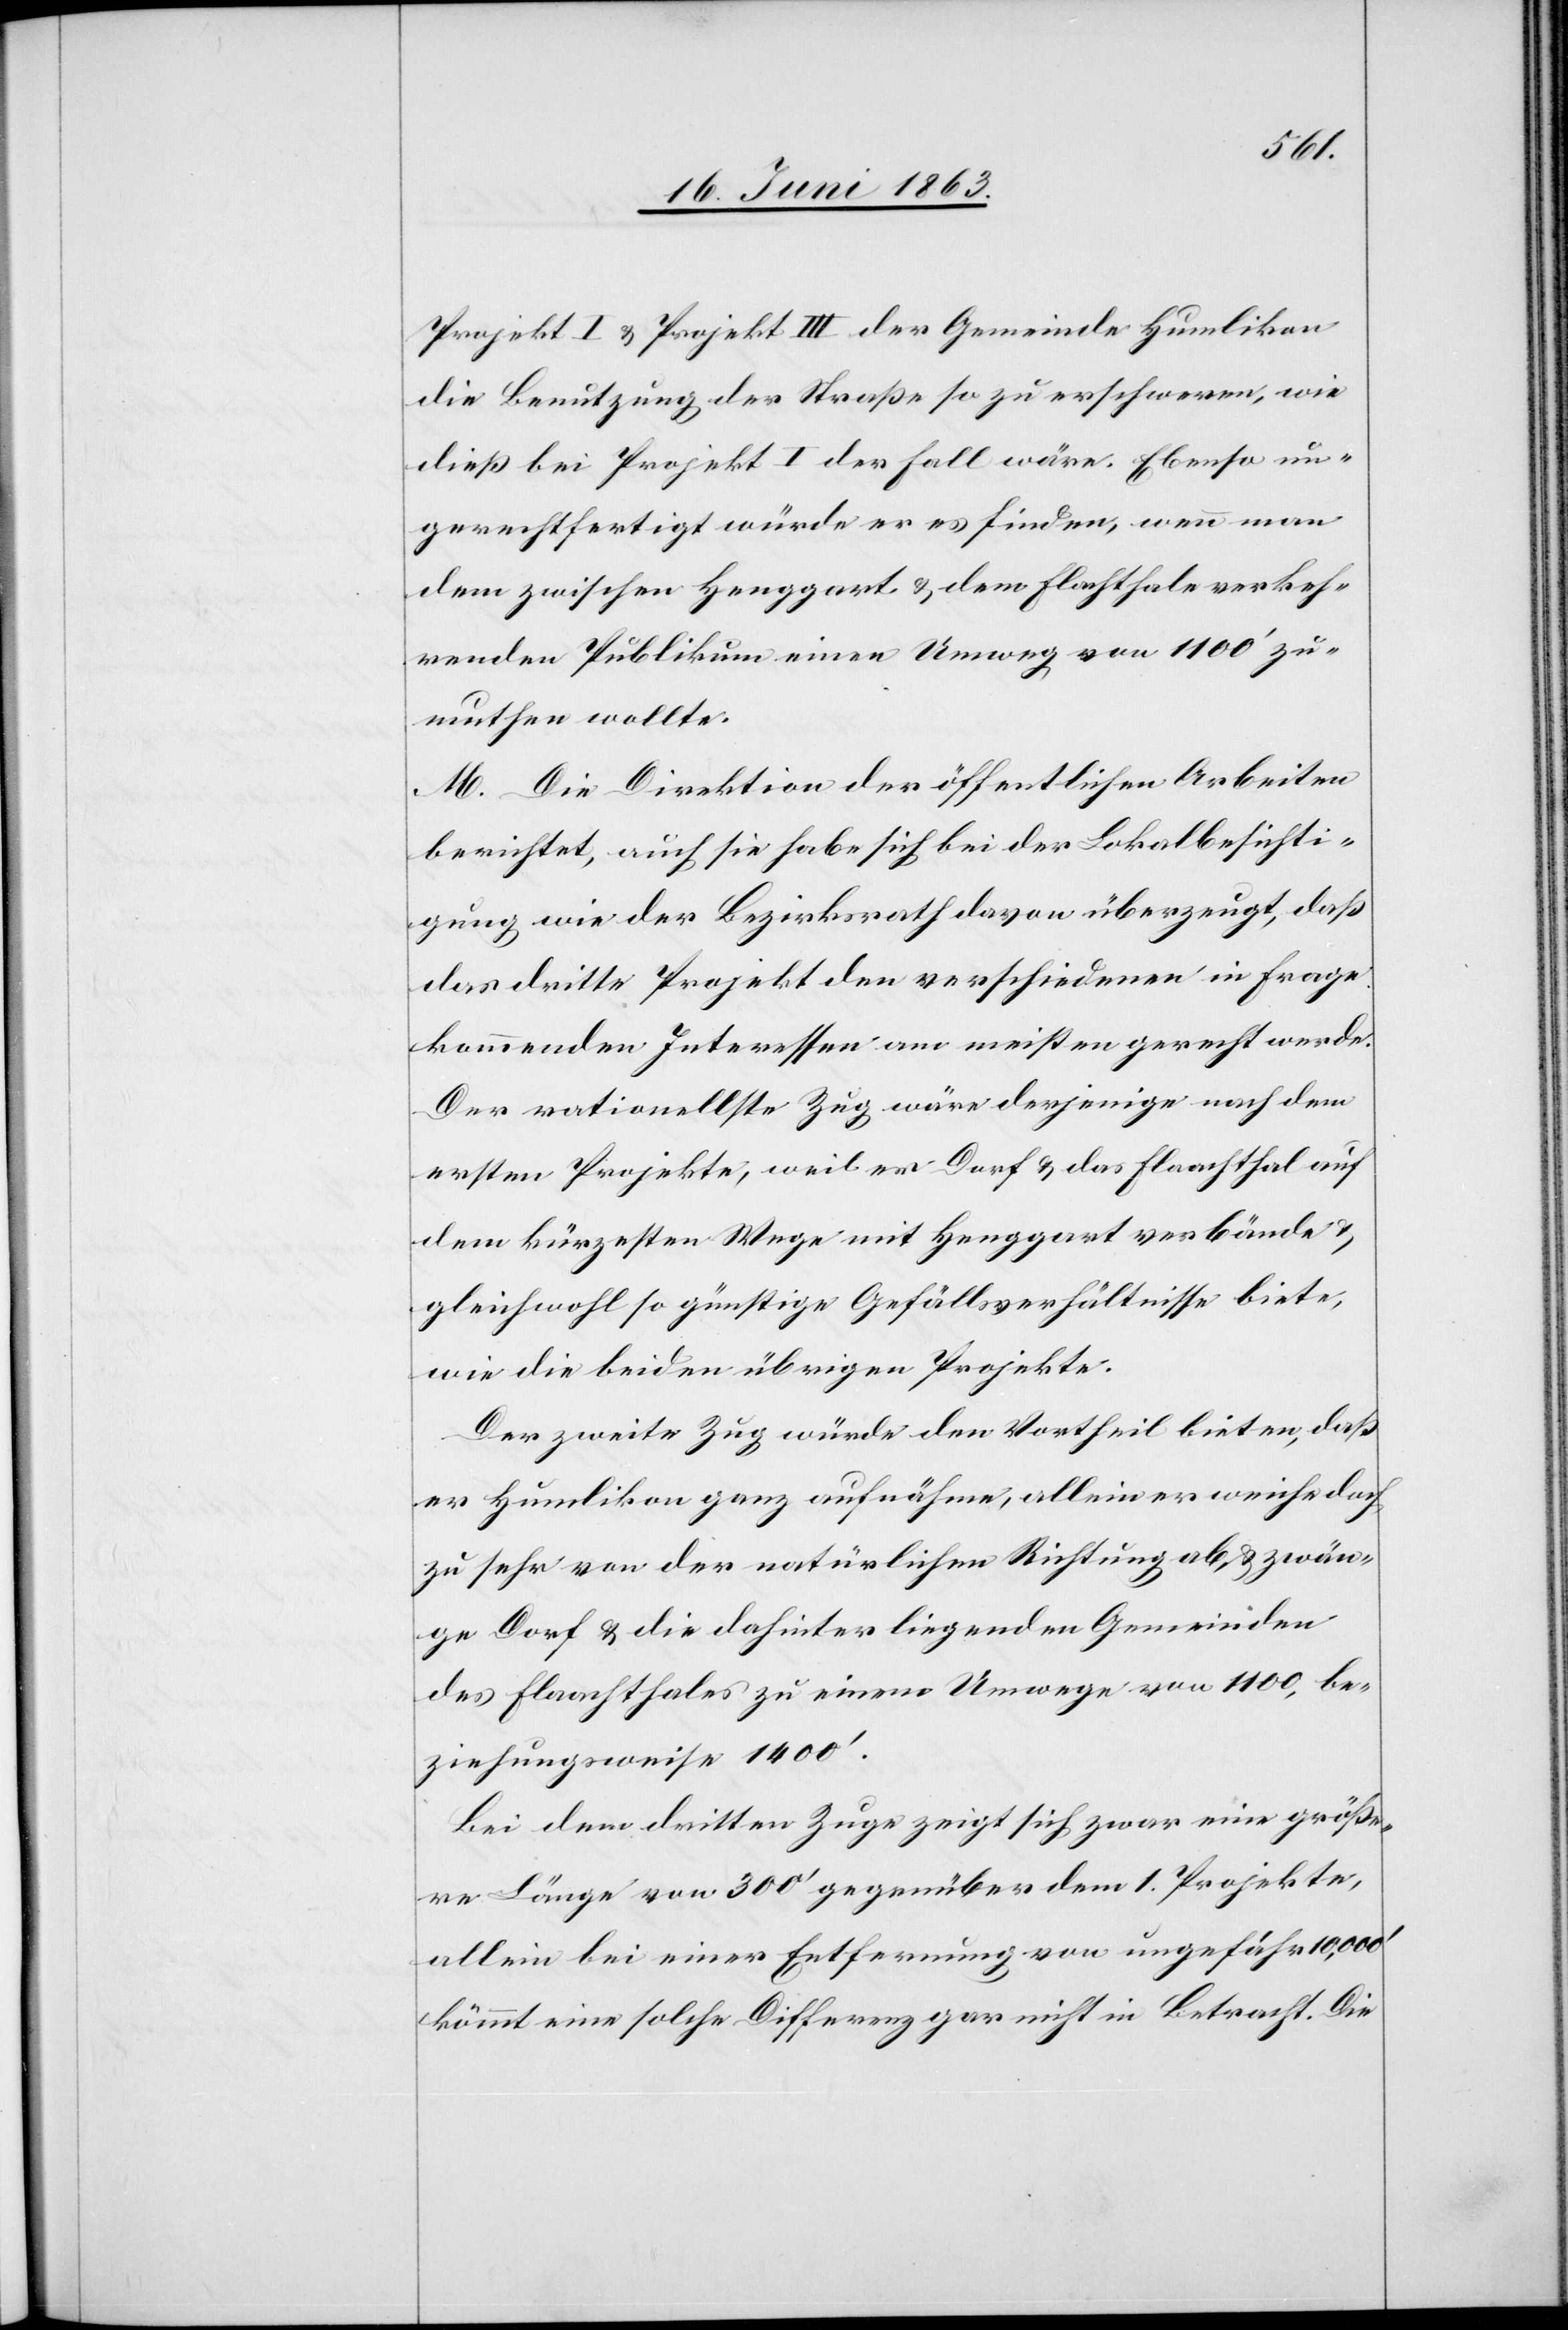
Projekt I & Projekt III der Gemeinde Humlikon
die Benutzung der Straße so zu erschweren, wie
dieß bei Projekt I der Fall wäre. Ebenso un¬
gerechtfertigt würde er es finden, wenn man
dem zwischen Henggart & dem Flachthale verkeh¬
renden Publikum einen Umweg von 1100' zu¬
muthen wollte.
M. Die Direktion der öffentlichen Arbeiten
berichtet, auch sie habe sich bei der Lokalbesichti¬
gung wie der Bezirksrath davon überzeugt, daß
das dritte Projekt den verschiedenen in Frage
kommenden Interessen am meisten gerecht werde.
Der rationellste Zug wäre derjenige nach dem
ersten Projekte, weil er Dorf & das Flaachthal auf
dem kürzesten Wege mit Henggart verbände &
gleichwohl so günstige Gefällsverhältnisse biete,
wie die beiden übrigen Projekte.
Der zweite Zug würde den Vortheil bieten, daß
er Humlikon ganz aufnähme, allein er weiche doch
zu sehr von der natürlichen Richtung ab & zwän¬
ge Dorf & die dahinter liegenden Gemeinden
des Flaachthales zu einem Umwege von 1100, be¬
ziehungsweise 1400'.
Bei dem dritten Zuge zeigt sich zwar eine größe¬
re Länge von 300' gegenüber dem 1. Projekte,
allein bei einer Entfernung von ungefähr 10,000'
kömmt eine solche Differenz gar nicht in Betracht. Die